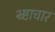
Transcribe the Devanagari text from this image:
भ्र्ष्टाचार